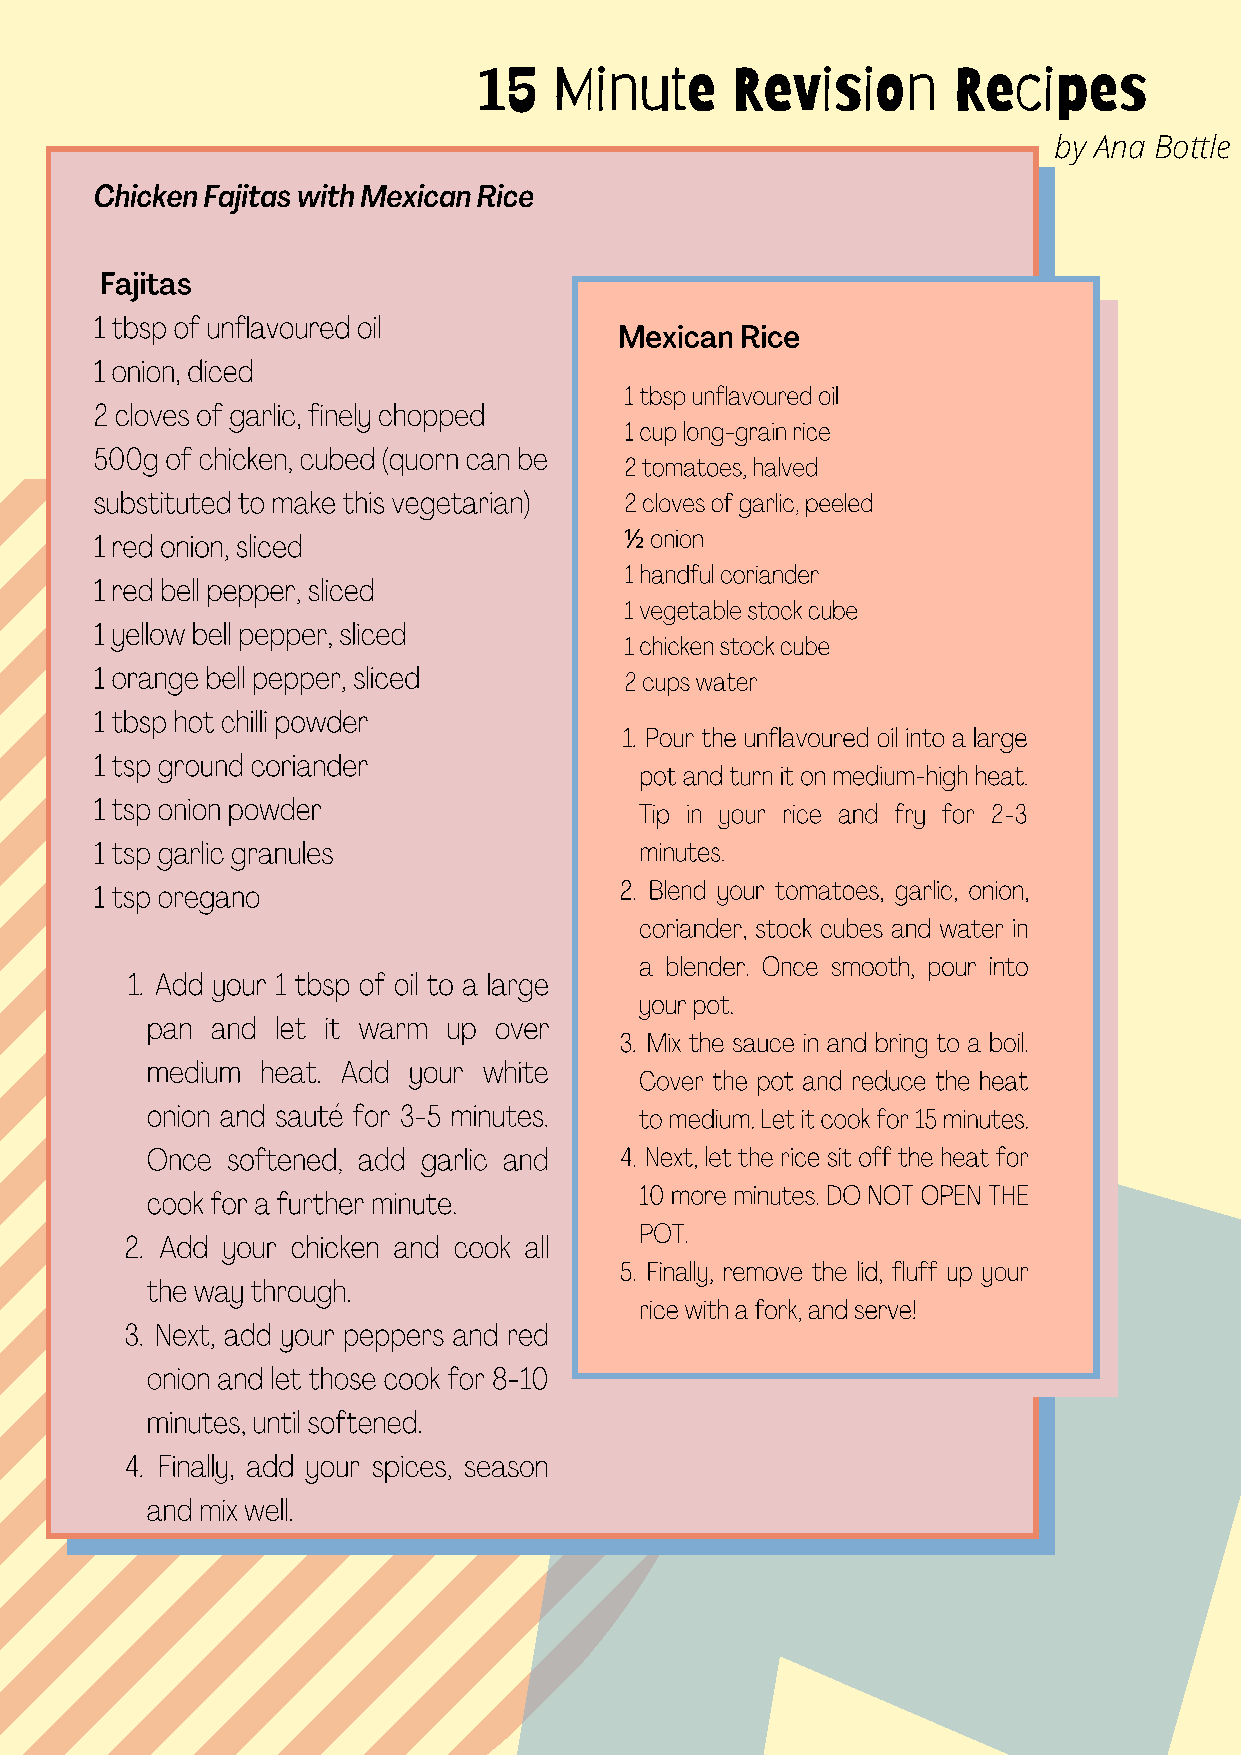
15   Minute     Revision       Recipes
 by Ana Bottle
 Chicken Fajitas with Mexican Rice
 Fajitas
 1 tbsp of unflavoured oil
 Mexican Rice
 1 onion, diced
 1 tbsp unflavoured oil
 2 cloves of garlic, finely chopped
 1 cup long-grain rice
 500g of chicken, cubed (quorn can be
 2 tomatoes, halved
 substituted to make this vegetarian) 2 cloves of garlic, peeled
 1 red onion, sliced                ½ onion
 1 handful coriander
 1 red bell pepper, sliced
 1 vegetable stock cube
 1 yellow bell pepper, sliced
 1 chicken stock cube
 1 orange bell pepper, sliced
 2 cups water
 1 tbsp hot chilli powder
 1. Pour the unflavoured oil into a large
 1 tsp ground coriander
 pot and turn it on medium-high heat.
 1 tsp onion powder
 Tip in your rice and fry for 2-3
 1 tsp garlic granules               minutes.
 1 tsp oregano                      2. Blend your tomatoes, garlic, onion,
 coriander, stock cubes and water in
 a blender. Once smooth, pour into
 1. Add your 1 tbsp of oil to a large
 your pot.
 pan and let it warm up over
 3. Mix the sauce in and bring to a boil.
 medium heat. Add your white
 Cover the pot and reduce the heat
 onion and sauté for 3-5 minutes. to medium. Let it cook for 15 minutes.
 Once softened, add garlic and  4. Next, let the rice sit off the heat for
 cook for a further minute.      10 more minutes. DO NOT OPEN THE
 POT.
 2. Add your chicken and cook all
 5. Finally, remove the lid, fluff up your
 the way through.
 rice with a fork, and serve!
 3. Next, add your peppers and red
 onion and let those cook for 8-10
 minutes, until softened.
 4. Finally, add your spices, season
 and mix well.